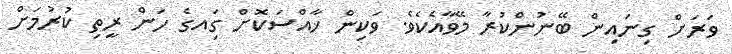
ވަރަށް ގިނައިން ބޭނުންކުރާ މޭވާއެކެވެ. ވަކިން ޚާއްސަކޮށް ގަިއގެ ހަން ރީތި ކުރުމަށް